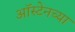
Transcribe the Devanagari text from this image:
ऑस्टेनच्या